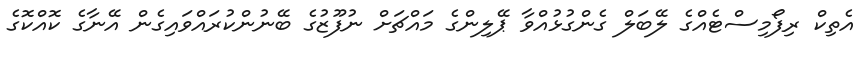
އެތިކް ރިފޯމިސްޓެއްގެ ލޭބަލް ގެންގުޅުއްވާ ޕޭލިންގެ މައްޗަށް ނުފޫޒުގެ ބޭނުންކުރައްވައިގެން އޭނާގެ ކޮއްކޮގެ